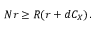
N r \geq R ( r + d C _ { X } ) \, .